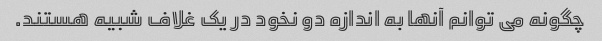
چگونه می توانم آنها به اندازه دو نخود در یک غلاف شبیه هستند.